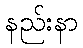
နည်းနာ